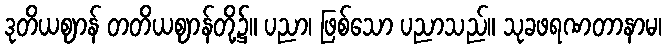
ဒုတိယဈာန် တတိယဈာန်တို့၌။ ပညာ၊ ဖြစ်သော ပညာသည်။ သုခဖရဏတာနာမ၊